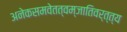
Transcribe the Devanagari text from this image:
अनेकसमवेतत्वम्जातिवर्त्त्य